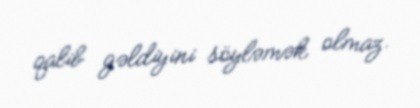
qalib gəldiyini söyləmək olmaz.